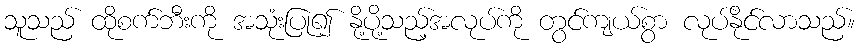
သူသည် ထိုစက်ဘီးကို အသုံးပြု၍ နို့ပို့သည့်အလုပ်ကို တွင်ကျယ်စွာ လုပ်နိုင်လာသည်။